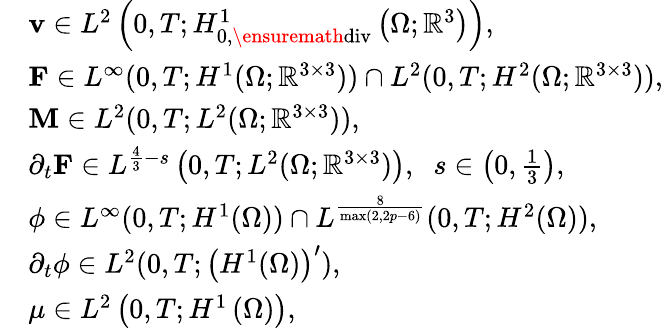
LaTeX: \begin{array}{rl}&{\mathbf{v}\in L^{2}\left(0,T;H_{0,\ensuremath{\operatorname{div}}}^{1}\left(\Omega;\mathbb{R}^{3}\right)\right),}\\ &{\mathbf{F}\in L^{\infty}(0,T;H^{1}(\Omega;\mathbb{R}^{3\times 3}))\cap L^{2}(0,T;H^{2}(\Omega;\mathbb{R}^{3\times 3})),}\\ &{\mathbf{M}\in L^{2}(0,T;L^{2}(\Omega;\mathbb{R}^{3\times 3})),}\\ &{\partial_{t}\mathbf{F}\in L^{\frac{4}{3}-s}\left(0,T;L^{2}(\Omega;\mathbb{R}^{3\times 3})\right),\; \; s\in\left(0,\frac{1}{3}\right),}\\ &{\phi\in L^{\infty}(0,T;H^{1}(\Omega))\cap L^{\frac{8}{\operatorname*{max}(2,2p-6)}}(0,T;H^{2}(\Omega)),}\\ &{\partial_{t}\phi\in L^{2}(0,T;\left(H^{1}(\Omega)\right)^{\prime}),}\\ &{\mu\in L^{2}\left(0,T;H^{1}\left(\Omega\right)\right),}\end{array}